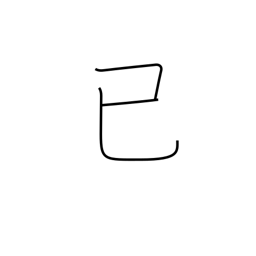
Meaning: long ago